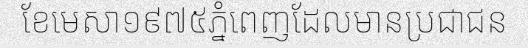
ខែមេសា១៩៧៥ភ្នំពេញដែលមានប្រជាជន